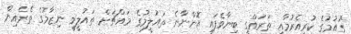
"ގައުމުގެ ކުރިއެރުމާއި ތަރައްގީ ބިނާވެފައި އޮންނާނެ ތައުލީމުގެ މައްޗަށް. ތައުލީމީ ނިޒާމުގެ ތެރެއިން